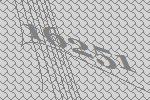
16251